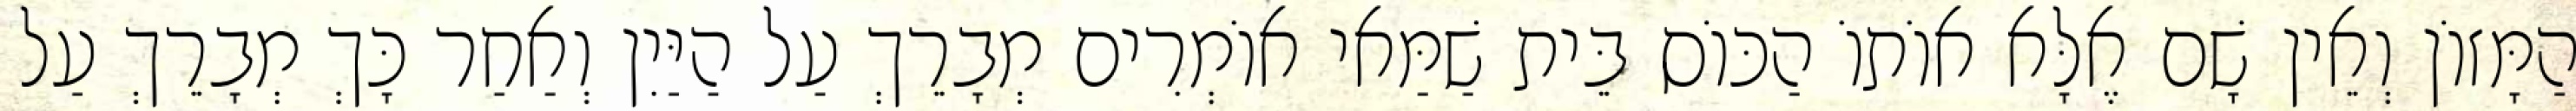
הַמָּזוֹן וְאֵין שָׁם אֶלָּא אוֹתוֹ הַכּוֹס בֵּית שַׁמַּאי אוֹמְרִים מְבָרֵךְ עַל הַיַּיִן וְאַחַר כָּךְ מְבָרֵךְ עַל